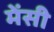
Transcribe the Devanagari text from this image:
मेंसी